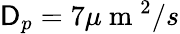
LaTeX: \mathsf{D}_{p}=7\mu\mathrm{{~m~}}^{2}/s